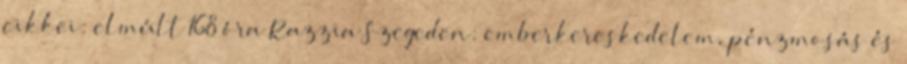
cikkei: elmúlt 168 óra Razzia Szegeden: emberkereskedelem, pénzmosás és